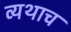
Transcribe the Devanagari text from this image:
व्यथाच